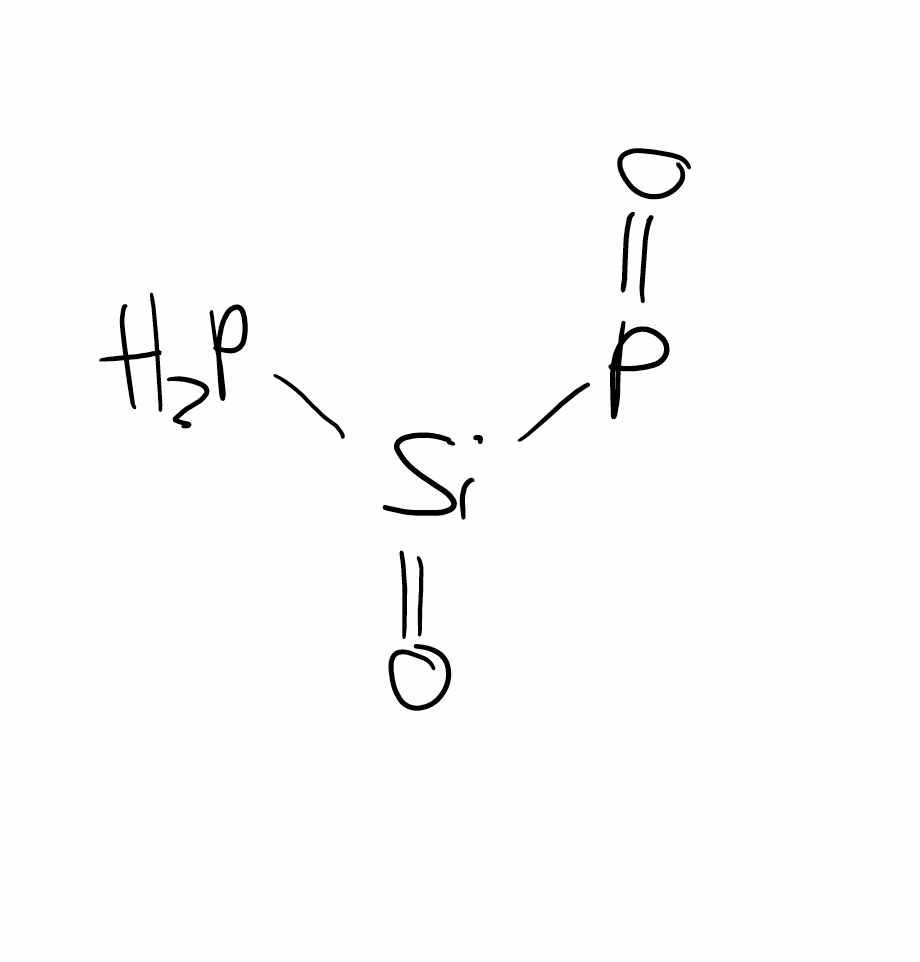
Simplified molecular-input line-entry system (SMILES) notation of the given molecule:
O=[Si](P)P=O